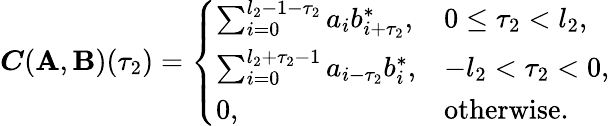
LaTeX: \boldsymbol{C}(\mathbf{A},\mathbf{B})({\tau_{2}})=\left\{ \begin{array}{ll}{\sum_{i=0}^{l_{2}-1-\tau_{2}}a_{i}b_{i+\tau_{2}}^{*},}&{0\leq\tau_{2}<l_{2},}\\ {\sum_{i=0}^{l_{2}+\tau_{2}-1}a_{i-\tau_{2}}b_{i}^{*},}&{-l_{2}<\tau_{2}<0,}\\ {0,}&{\mathrm{otherwise}.}\end{array}\right.